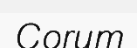
Corum